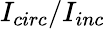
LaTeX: I_{circ}/I_{inc}